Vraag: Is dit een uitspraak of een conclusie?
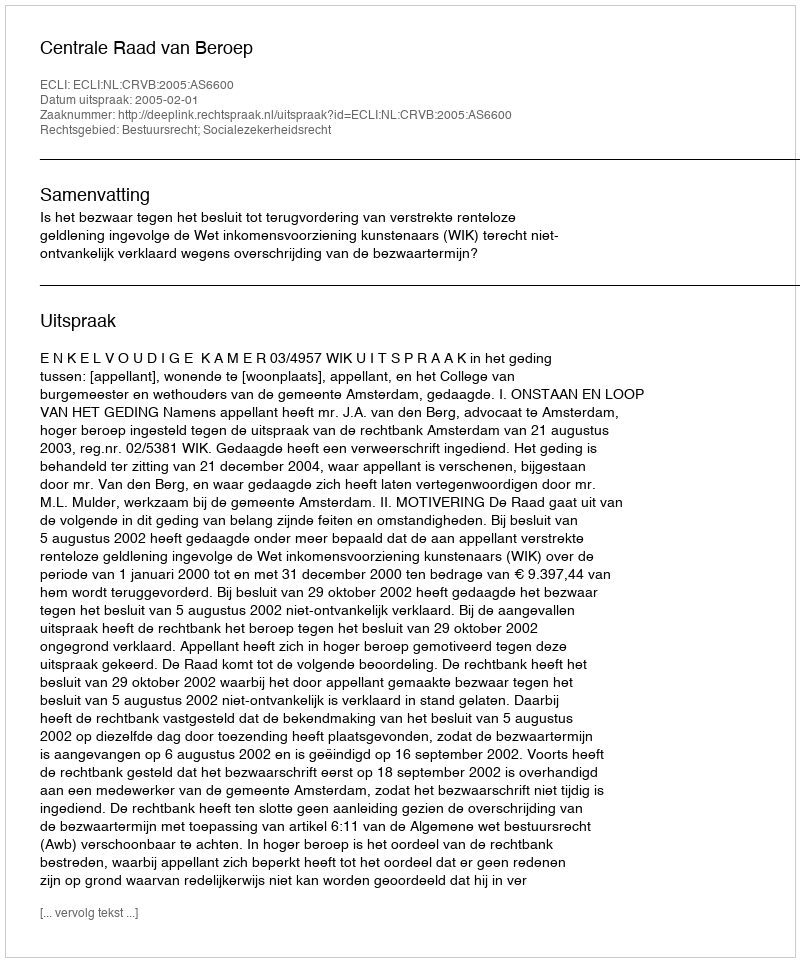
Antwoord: Uitspraak